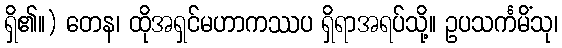
ရှိ၏။) တေန၊ ထိုအရှင်မဟာကဿပ ရှိရာအရပ်သို့။ ဥပသင်္ကမိံသု၊